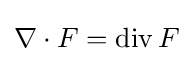
\nabla \cdot F=\operatorname {div} F